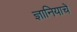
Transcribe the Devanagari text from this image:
ज्ञानियाचें